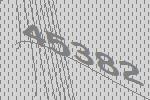
45382